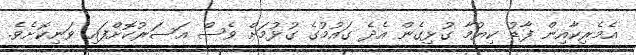
އެމެރިކާއިން ފާޑު ކިޔުމާ ގުޅިގެން އެދެ ގައުމުގެ ގުޅުމަށް ވެސް އަސަރުކޮށްފައި ވަނިކޮށެވެ.